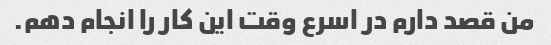
من قصد دارم در اسرع وقت این کار را انجام دهم.